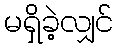
မရှိခဲ့လျှင်